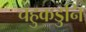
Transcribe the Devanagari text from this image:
चहुकडुनि